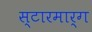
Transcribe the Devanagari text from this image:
स्टारमार्ग